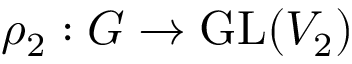
\rho _ { 2 } : G \to { \mathrm { G L } } ( V _ { 2 } )